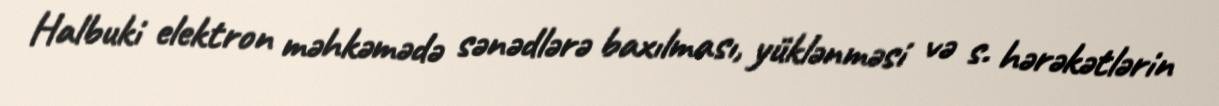
Halbuki elektron məhkəmədə sənədlərə baxılması, yüklənməsi və s. hərəkətlərin